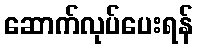
ဆောက်လုပ်ပေးရန်